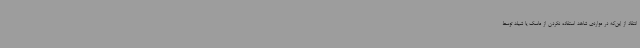
انتقاد از این‌که در مواردی شاهد استفاده نکردن از ماسک یا شیلد توسط